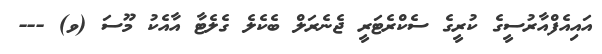
އައިއެފްއާރުސީގެ ކުރީގެ ސެކްރެޓަރީ ޖެނެރަލް ބެކެލެ ގެލެޓާ އާއެކު މޫސަ (ވ) ---